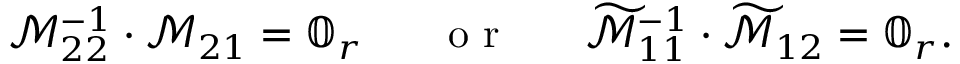
\mathcal { M } _ { 2 2 } ^ { - 1 } \cdot \mathcal { M } _ { 2 1 } = \mathbb { 0 } _ { r } ~ ~ ~ ~ ~ \mathrm { ~ o ~ r ~ } ~ ~ ~ ~ ~ \widetilde { \mathcal { M } } _ { 1 1 } ^ { - 1 } \cdot \widetilde { \mathcal { M } } _ { 1 2 } = \mathbb { 0 } _ { r } .